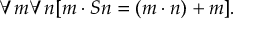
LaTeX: \forall m \forall n [ m \cdot S n = ( m \cdot n ) + m ] .